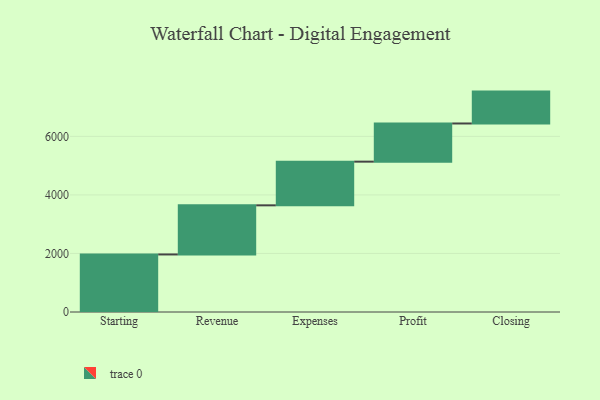
{"axis": {"x": "Step", "y": "Value"}, "legend": [""], "data": [{"x": "Starting", "y": 1966.0, "type": ""}, {"x": "Revenue", "y": 1678.0, "type": ""}, {"x": "Expenses", "y": 1492.0, "type": ""}, {"x": "Profit", "y": 1304.0, "type": ""}, {"x": "Closing", "y": 1089.0, "type": ""}]}